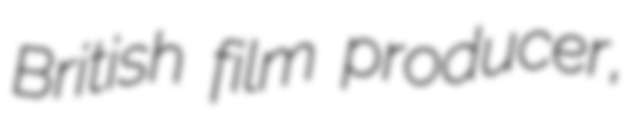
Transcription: British film producer,